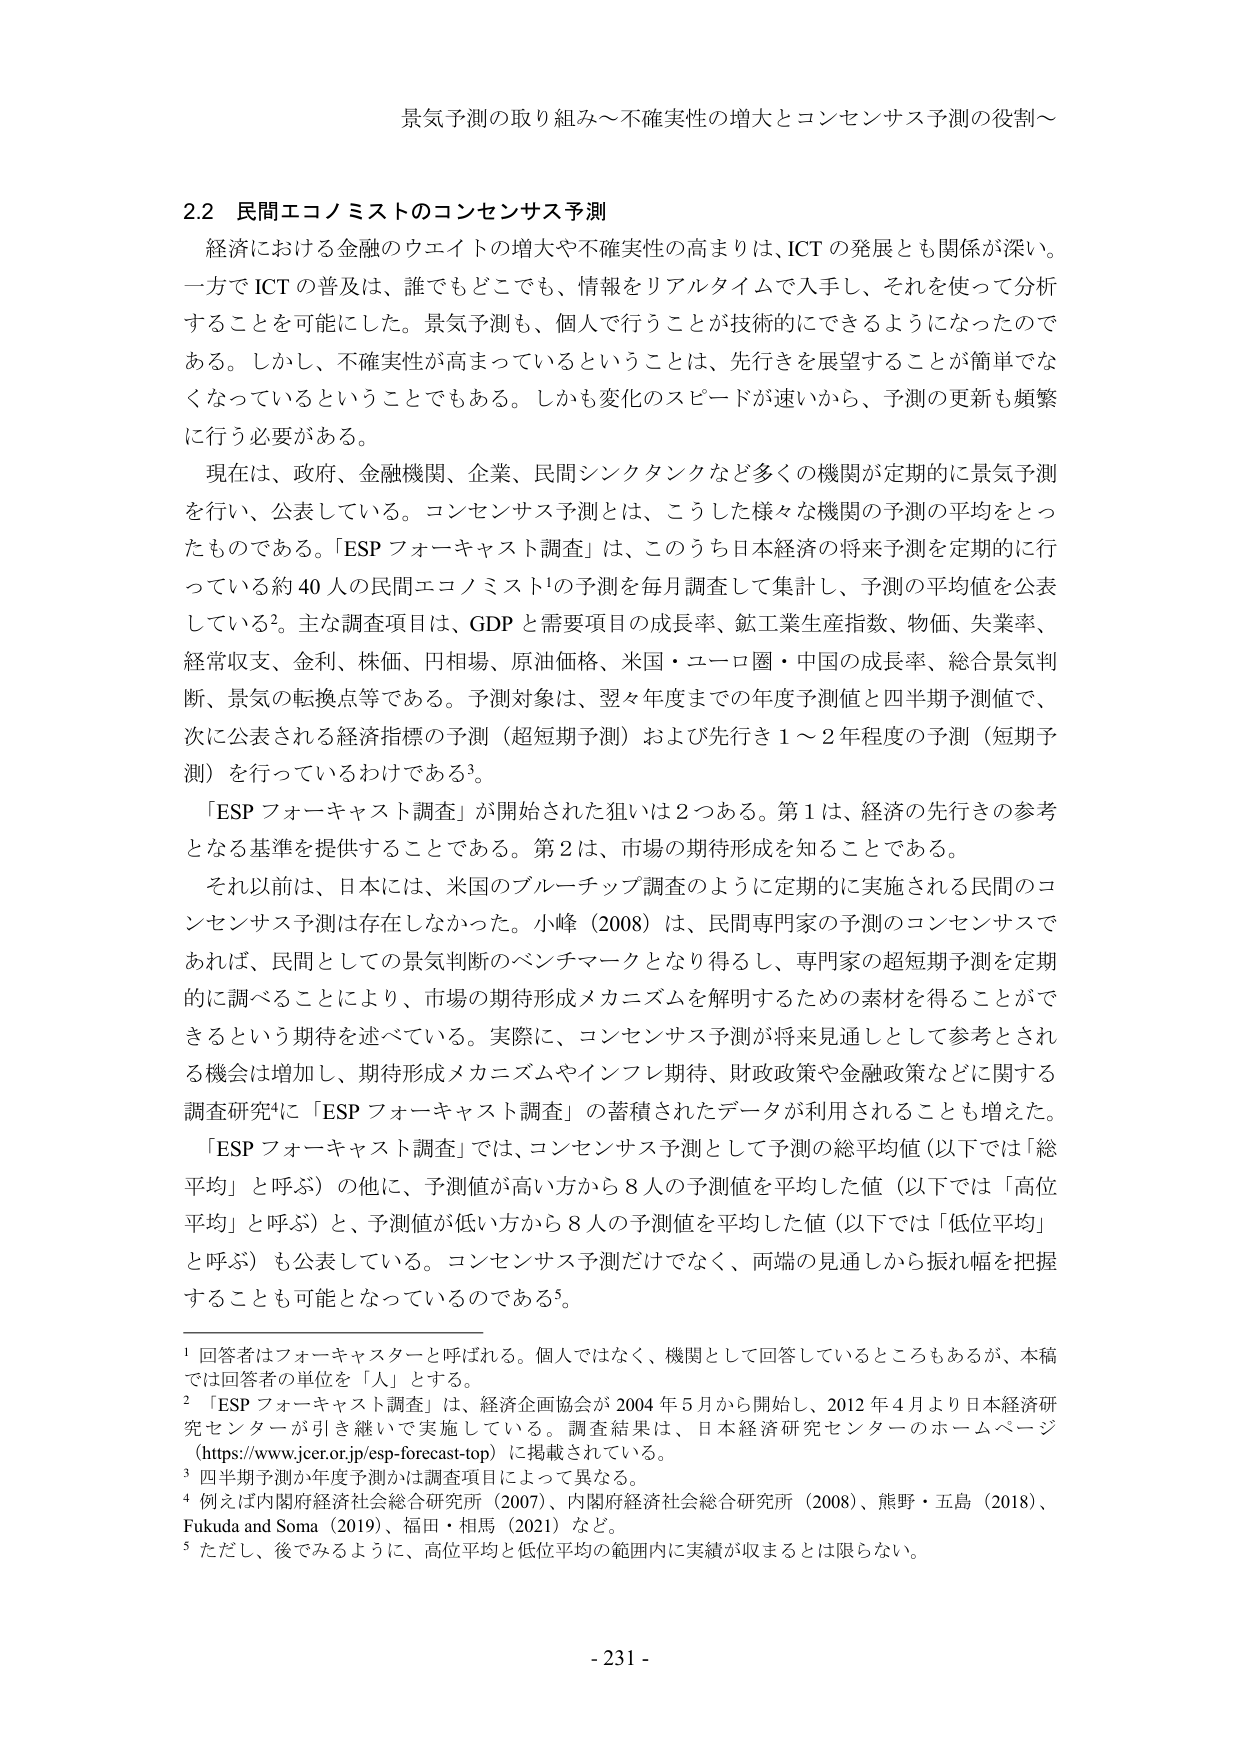
景気予測の取り組み～不確実性の増大とコンセンサス予測の役割～

2.2 民間エコノミストのコンセンサス予測
経済における金融のウエイトの増大や不確実性の高まりは、ICT の発展とも関係が深い。一方で ICT の普及は、誰でもどこでも、情報をリアルタイムで入手し、それを使って分析することを可能にした。景気予測も、個人で行うことが技術的にできるようになったのである。しかし、不確実性が高まっているということは、先行きを展望することが簡単でなくなっているということでもある。しかも変化のスピードが速いから、予測の更新も頻繁に行う必要がある。

現在は、政府、金融機関、企業、民間シンクタンクなど多くの機関が定期的に景気予測を行い、公表している。コンセンサス予測とは、こうした様々な機関の予測の平均をとったものである。「ESP フォーキャスト調査」は、このうち日本経済の将来予測を定期的に行っている約 40 人の民間エコノミスト¹の予測を毎月調査して集計し、予測の平均値を公表している²。主な調査項目は、GDP と需要項目の成長率、鉱工業生産指数、物価、失業率、経常収支、金利、株価、円相場、原油価格、米国・ユーロ圏・中国の成長率、総合景気判断、景気の転換点等である。予測対象は、翌々年度までの年度予測値と四半期予測値で、次に公表される経済指標の予測（超短期予測）および先行き 1～2 年程度の予測（短期予測）を行っているわけである³。

「ESP フォーキャスト調査」が開始された狙いは 2 つある。第 1 は、経済の先行きの参考となる基準を提供することである。第 2 は、市場の期待形成を知ることである。

それ以前は、日本には、米国のブルーチップ調査のように定期的に実施される民間のコンセンサス予測は存在しなかった。小峰（2008）は、民間専門家の予測のコンセンサスであれば、民間としての景気判断のベンチマークとなり得るし、専門家の超短期予測を定期的に調べることにより、市場の期待形成メカニズムを解明するための素材を得ることができるという期待を述べている。実際に、コンセンサス予測が将来見通しとして参考とされる機会は増加し、期待形成メカニズムやインフレ期待、財政政策や金融政策などに関する調査研究⁴に「ESP フォーキャスト調査」の蓄積されたデータが利用されることも増えた。

「ESP フォーキャスト調査」では、コンセンサス予測として予測の総平均値（以下では「総平均」と呼ぶ）の他に、予測値が高い方から 8 人の予測値を平均した値（以下では「高位平均」と呼ぶ）と、予測値が低い方から 8 人の予測値を平均した値（以下では「低位平均」と呼ぶ）も公表している。コンセンサス予測だけでなく、両端の見通しから振れ幅を把握することも可能となっているのである⁵。

¹ 回答者はフォーキャスターと呼ばれる。個人ではなく、機関として回答しているところもあるが、本稿では回答者の単位を「人」とする。
² 「ESP フォーキャスト調査」は、経済企画協会が 2004 年 5 月から開始し、2012 年 4 月より日本経済研究センターが引き継いで実施している。調査結果は、日本経済研究センターのホームページ（https://www.jcer.or.jp/esp-forecast-top）に掲載されている。
³ 四半期予測か年度予測かは調査項目によって異なる。
⁴ 例えば内閣府経済社会総合研究所（2007）、内閣府経済社会総合研究所（2008）、熊野・五島（2018）、Fukuda and Soma（2019）、福田・相馬（2021）など。
⁵ ただし、後でみるように、高位平均と低位平均の範囲内に実績が収まるとは限らない。

- 231 -